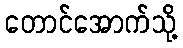
တောင်အောက်သို့